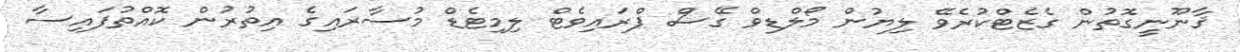
ޤާނޫނީގޮތުން ގެޒެޓްކުރެވޭ ލިޔުން މޯލްޑިވް ގޭސް ޕްރައިވެޓް ލިމިޓެޑް މުސާރައިގެ އިތުރުން ކޮއްތުފައިސާ